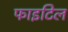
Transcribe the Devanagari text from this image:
फाइटिल